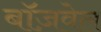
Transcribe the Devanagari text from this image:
बॉज़वेल